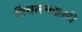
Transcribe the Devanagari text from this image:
विचलनकारी